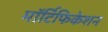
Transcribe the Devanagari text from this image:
मॉर्टिफिकेशन